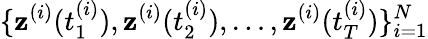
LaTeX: \{ \mathbf{z}^{(i)}(t_{1}^{(i)}),\mathbf{z}^{(i)}(t_{2}^{(i)}),\ldots,\mathbf{z}^{(i)}(t_{T}^{(i)})\} _{i=1}^{N}